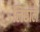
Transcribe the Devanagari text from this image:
लिछाले